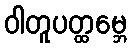
ဝါတူပတ္ထမ္ဘေ